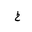
Letter: _kha